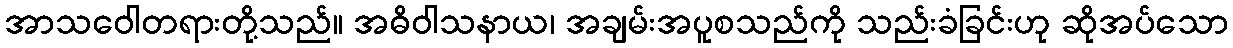
အာသဝေါတရားတို့သည်။ အဓိဝါသနာယ၊ အချမ်းအပူစသည်ကို သည်းခံခြင်းဟု ဆိုအပ်သော